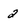
Character: 2